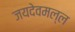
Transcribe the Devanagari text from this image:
जयदेवमल्ल